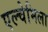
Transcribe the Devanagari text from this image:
एल्चेमिला